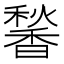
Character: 𬳠